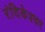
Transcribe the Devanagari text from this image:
रंदिकेश्वर